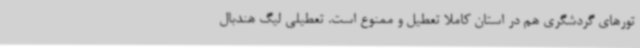
تورهای گردشگری هم در استان کاملاً تعطیل و ممنوع است. تعطیلی لیگ هندبال